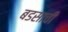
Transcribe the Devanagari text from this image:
बडसाची